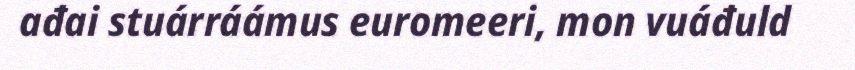
ađai stuárráámus euromeeri, mon vuáđuld